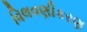
વિલવણીકરણ